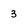
Character: 3